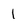
Character: 1